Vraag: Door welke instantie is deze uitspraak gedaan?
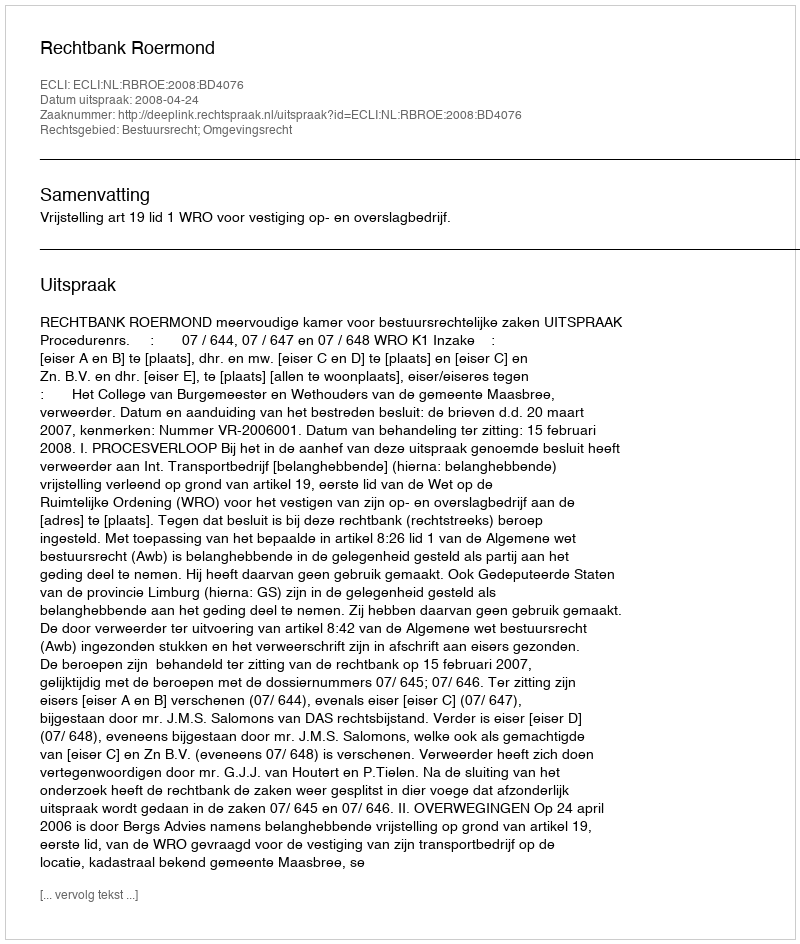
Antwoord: Rechtbank Roermond